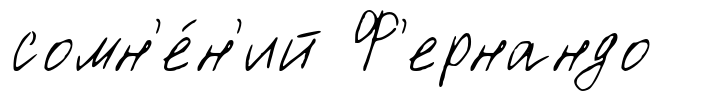
сомн'е́н'ий Ф'ернандо